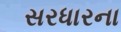
સરધારના